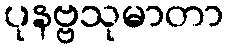
ပုနဗ္ဗသုမာတာ